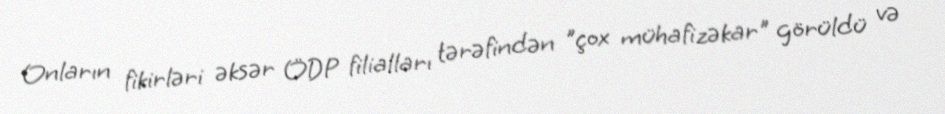
Onların fikirləri əksər ÖDP filialları tərəfindən "çox mühafizəkar" görüldü və